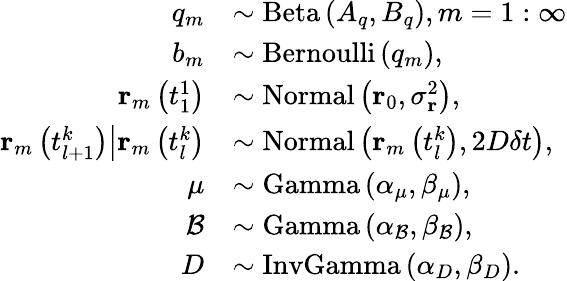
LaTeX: \begin{array}{rl}{q_{m}}&{\sim\mathrm{Beta}\left(A_{q},B_{q}\right),m=1:\infty}\\ {b_{m}}&{\sim\mathrm{Bernoulli}\left(q_{m}\right),}\\ {\mathbf{r}_{m}\left(t_{1}^{1}\right)}&{\sim\mathrm{Normal}\left(\mathbf{r}_{0},\sigma_{\mathbf{r}}^{2}\right),}\\ {\left.\mathbf{r}_{m}\left(t_{l+1}^{k}\right)\middle|\mathbf{r}_{m}\left(t_{l}^{k}\right)\right.}&{\sim\mathrm{Normal}\left(\mathbf{r}_{m}\left(t_{l}^{k}\right),2D\delta t\right),}\\ {\mu}&{\sim\mathrm{Gamma}\left(\alpha_{\mu},\beta_{\mu}\right),}\\ {\mathcal{B}}&{\sim\mathrm{Gamma}\left(\alpha_{\mathcal{B}},\beta_{\mathcal{B}}\right),}\\ {D}&{\sim\mathrm{InvGamma}\left(\alpha_{D},\beta_{D}\right).}\end{array}